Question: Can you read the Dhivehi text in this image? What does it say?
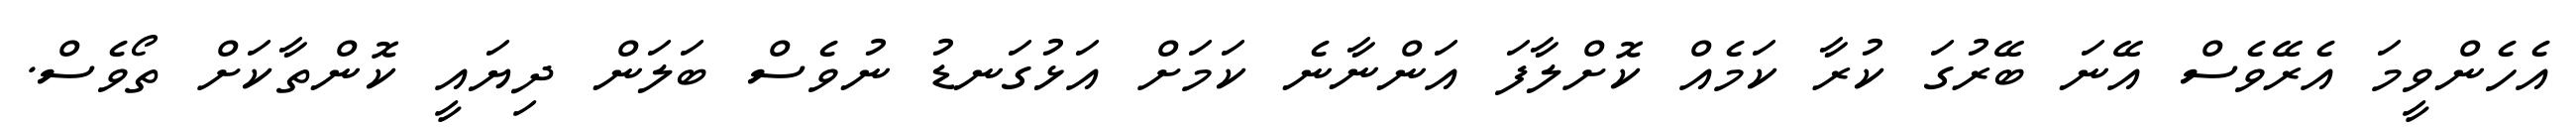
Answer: އެހެންވީމަ އެރޭވެސް އޭނަ ބޭރުގަ ކުރާ ކަމެއް ކޮށްލާފަ އަންނާނެ ކަމަށް އަޅުގަނޑު ނުވެސް ބަލަން ދިޔައީ ކޮންތާކަށް ތޯވެސް.